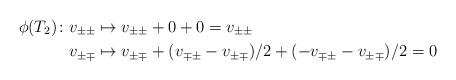
LaTeX: \begin{align*}\phi(T_2)\colon v_{\pm \pm} & \mapsto v_{\pm \pm} + 0 + 0 =v_{\pm \pm} \\ v_{\pm \mp} &\mapsto v_{\pm \mp} +(v_{\mp \pm}- v_{\pm \mp})/2 + (- v_{\mp \pm}-v_{\pm \mp})/2=0\end{align*}